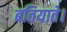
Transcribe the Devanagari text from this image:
बतियाते।